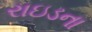
રાઇડના